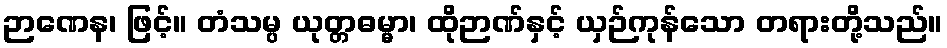
ဉာဏေန၊ ဖြင့်။ တံသမ္ပ ယုတ္တဓမ္မာ၊ ထိုဉာဏ်နှင့် ယှဉ်ကုန်သော တရားတို့သည်။